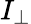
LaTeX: I_{\perp}